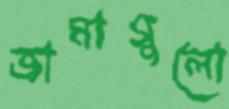
জামাগুলো